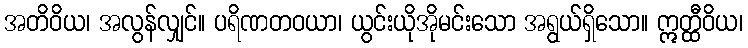
အတိဝိယ၊ အလွန်လျှင်။ ပရိဏတဝယာ၊ ယွင်းယိုအိုမင်းသော အရွယ်ရှိသော။ ဣတ္ထီဝိယ၊